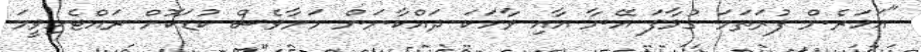
"އަހަރެން ފުރަތަމަ ގުޅާފަ އޭނާ އާއި ވާހަކަ ދައްކާނަން މަށާވެސް ކުޑަކޮށް ރައްޓެހިވީމަ